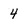
Character: 4